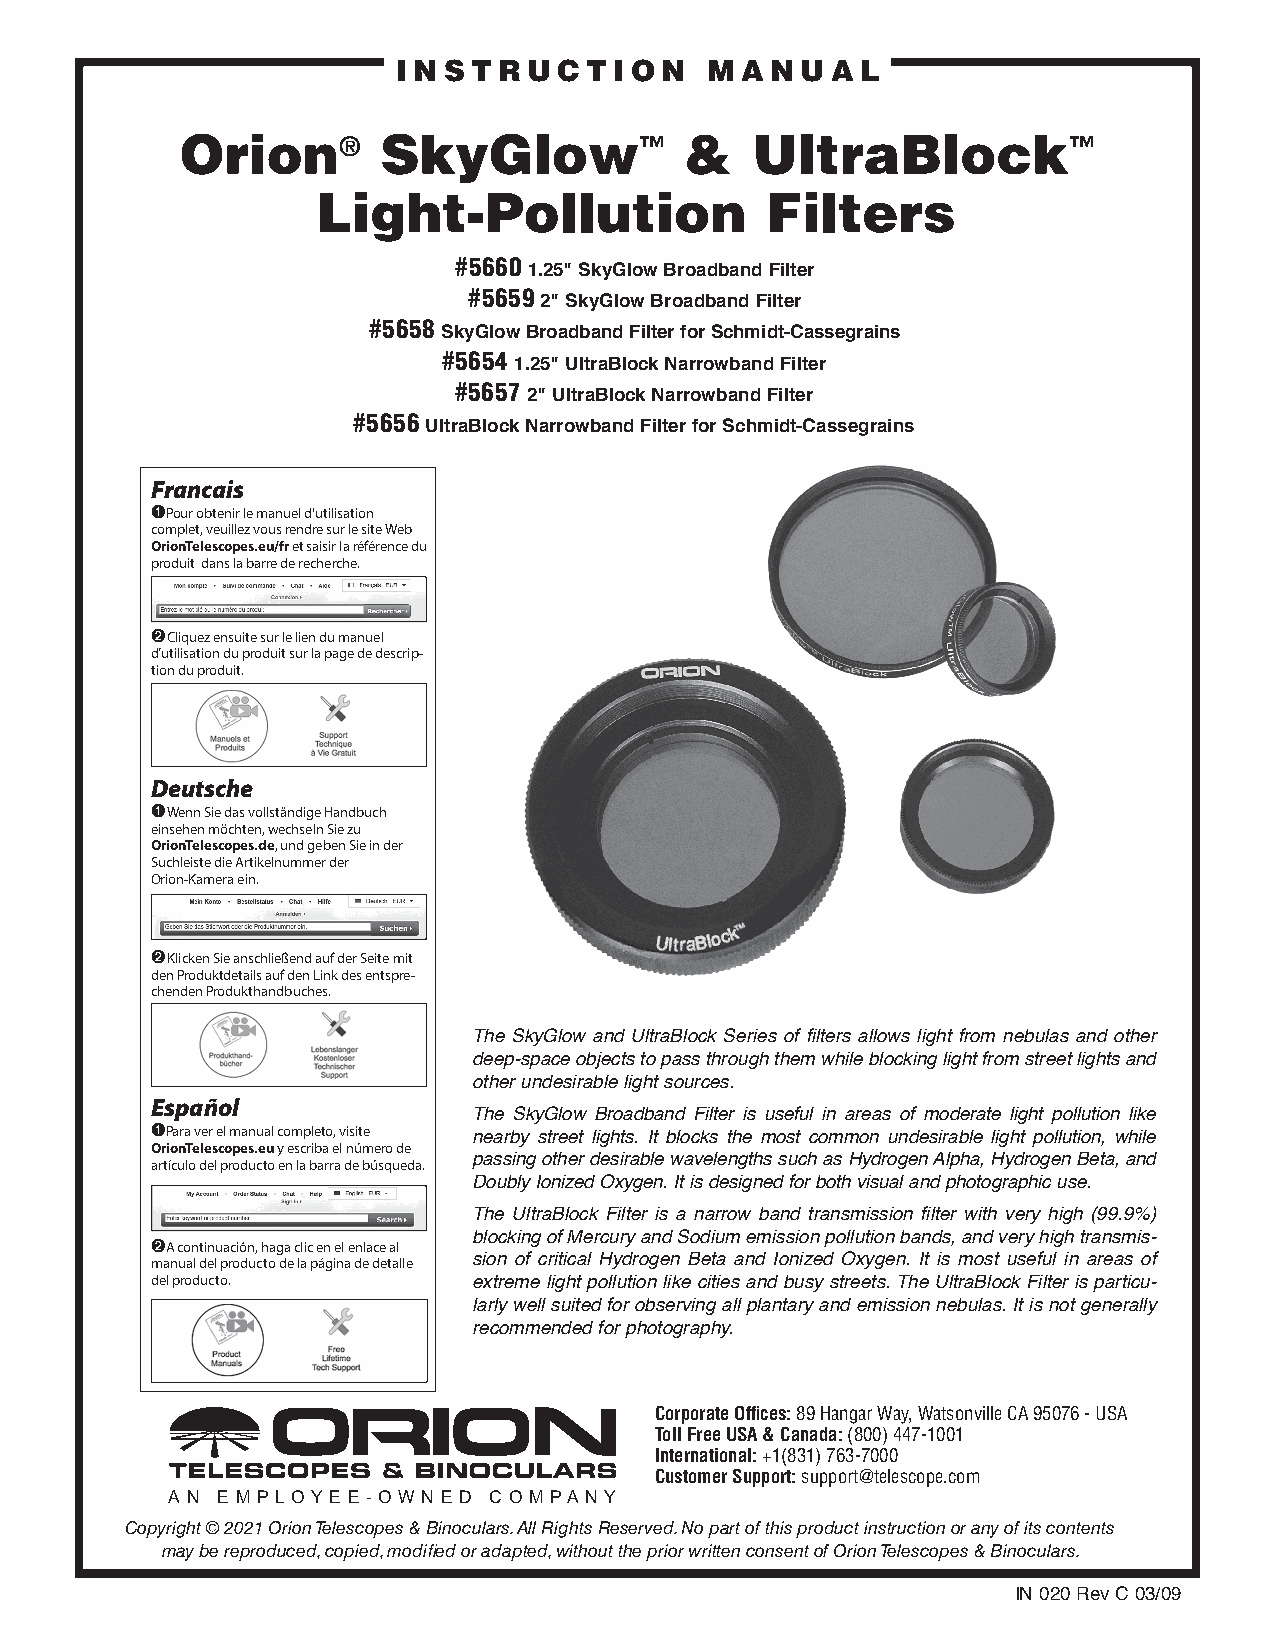
INSTRUCTION          MANUAL
 Orion®       SkyGlow™            &    UltraBlock™
 Light-Pollution               Filters
 #5660
 1.25" SkyGlow Broadband Filter
 #5659
 2" SkyGlow Broadband Filter
 #5658
 SkyGlow Broadband Filter for Schmidt-Cassegrains
 #5654
 1.25" UltraBlock Narrowband Filter
 #5657
 2" UltraBlock Narrowband Filter
 #5656
 UltraBlock Narrowband Filter for Schmidt-Cassegrains
 Francais
 ➊Pour obtenir le manuel d'utilisation
 complet, veuillez vous rendre sur le site Web
 OrionTelescopes.eu/fr et saisir la référence du
 produit dans la barre de recherche.
 ➋Cliquez ensuite sur le lien du manuel
 d’utilisation du produit sur la page de descrip-
 tion du produit.
 Deutsche
 ➊Wenn Sie das vollständige Handbuch
 einsehen möchten, wechseln Sie zu
 OrionTelescopes.de, und geben Sie in der
 Suchleiste die Artikelnummer der
 Orion-Kamera ein.
 ➋Klicken Sie anschließend auf der Seite mit
 den Produktdetails auf den Link des entspre-
 chenden Produkthandbuches.
 The SkyGlow and UltraBlock Series of filters allows light from nebulas and other
 deep-space objects to pass through them while blocking light from street lights and
 other undesirable light sources.
 Español
 The SkyGlow Broadband Filter is useful in areas of moderate light pollution like
 ➊Para ver el manual completo, visite
 nearby street lights. It blocks the most common und esirable light pollution, while
 OrionTelescopes.eu y escriba el número de
 artículo del producto en la barra de búsqueda. passing other desirable wavelengths such as Hydrogen Alpha, Hydrogen Beta, and
 Doubly Ionized Oxyg en. It is designed for both visual and photographic use.
 The UltraBlock Filter is a narrow band transmission filter with very high (99.9%)
 ➋A continuación, haga clic en el enlace al blocking of Mercury and Sodium emission pollution bands, and very high transmis-
 manual del producto de la página de detalle sion of critical Hydrogen Beta and Ionized Oxygen. It is most useful in areas of
 del producto.        extreme light pollution like cities and busy streets. The UltraBlock Filter is particu-
 larly well suited for observing all plantary and emission nebulas. It is not generally
 recommended for photography.
 Corporate Offices: 89 Hangar Way, Watsonville CA 95076 - USA
 Toll Free USA & Canada: (800) 447-1001
 International: +1(831) 763-7000
 Customer Support: support@telescope.com
 A N E M P L O Y E E - O W N E D C O M PA N Y
 Copyright © 2021 Orion Telescopes & Binoculars. All Rights Reserved. No part of this product instruction or any of its contents
 may be reproduced, copied, modified or adapted, without the prior written consent of Orion Telescopes & Binoculars.
 IN 020 Rev C 03/09